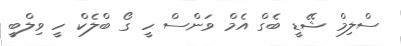
ސްލިމް ޝޭޑީ ބެގް އެމް ވަންސް ހީ ގޯ ބްލެކް ހީ ވިލްބީ